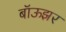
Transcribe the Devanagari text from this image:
बॉऊझर